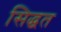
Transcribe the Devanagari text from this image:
सिद्धत